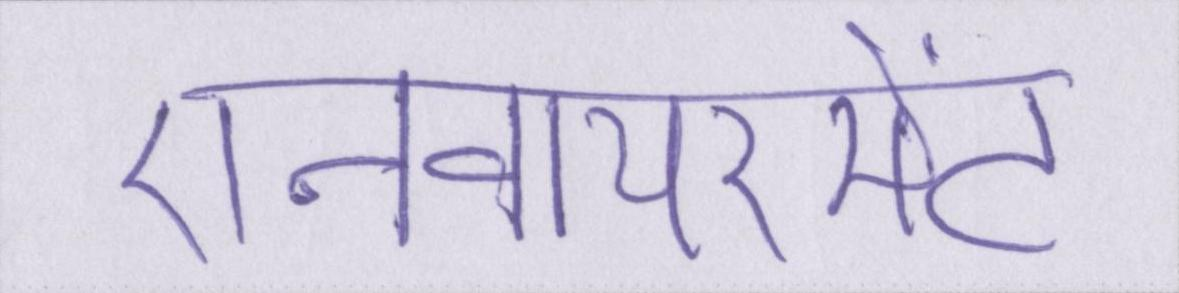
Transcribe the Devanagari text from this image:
एनवायरमेंट